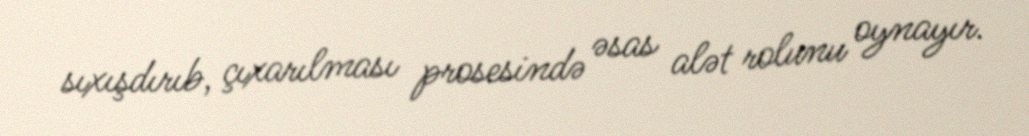
sıxışdırıb, çıxarılması prosesində əsas alət rolunu oynayır.